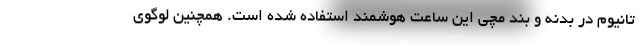
تانیوم در بدنه و بند مچی این ساعت هوشمند استفاده شده است. همچنین لوگوی